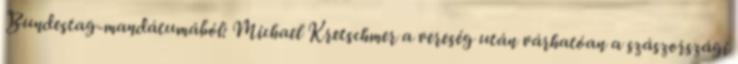
Bundestag-mandátumából: Michael Kretschmer a vereség után várhatóan a szászországi